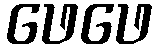
ဖေဖေ